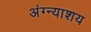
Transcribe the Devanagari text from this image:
अंग्न्याशय